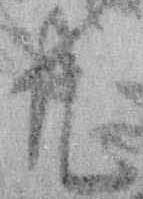
共